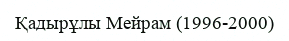
Қадырұлы Мейрам (1996-2000)